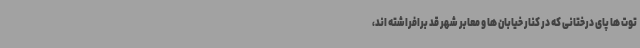
توت ها پای درختانی که در کنار خیابان ها و معابر شهر قد برافراشته اند،